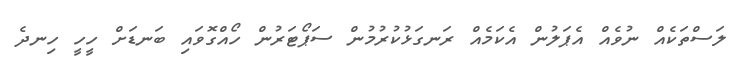
ލަސްތަކެއް ނުވެއް އެޕަލުން އެކަމެއް ރަނގަޅުކުރުމުން ސަޕޯޓަރުން ހޯއްގޮވައި ބަނޑަށް ހީހީ ހިނދެ